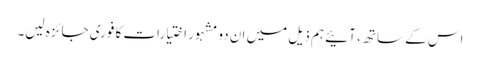
اس کے ساتھ ، آئیے ہم ذیل میں ان دو مشہور اختیارات کا فوری جائزہ لیں۔